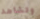
وتشاهد